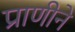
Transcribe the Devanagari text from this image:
प्राणीने